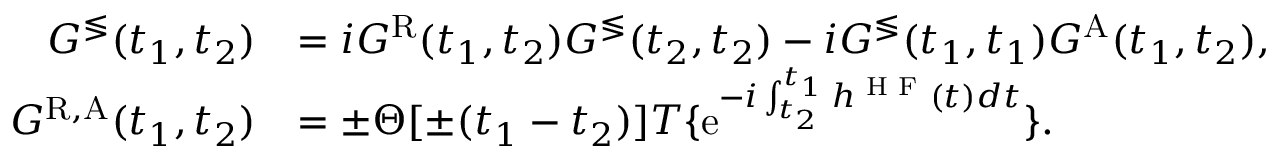
\begin{array} { r l } { G ^ { \lessgtr } ( t _ { 1 } , t _ { 2 } ) } & { = i G ^ { \mathrm { R } } ( t _ { 1 } , t _ { 2 } ) G ^ { \lessgtr } ( t _ { 2 } , t _ { 2 } ) - i G ^ { \lessgtr } ( t _ { 1 } , t _ { 1 } ) G ^ { \mathrm { A } } ( t _ { 1 } , t _ { 2 } ) , } \\ { G ^ { \mathrm { R , A } } ( t _ { 1 } , t _ { 2 } ) } & { = \pm \Theta [ \pm ( t _ { 1 } - t _ { 2 } ) ] T \{ \mathrm { e } ^ { - i \int _ { t _ { 2 } } ^ { t _ { 1 } } h ^ { \textrm { H F } } ( t ) d t } \} . } \end{array}